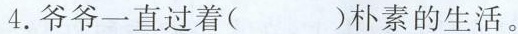
4.爷爷一直过着( )朴素的生活。